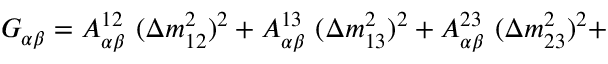
{ \cal G } _ { \alpha \beta } = A _ { \alpha \beta } ^ { 1 2 } ~ ( \Delta m _ { 1 2 } ^ { 2 } ) ^ { 2 } + A _ { \alpha \beta } ^ { 1 3 } ~ ( \Delta m _ { 1 3 } ^ { 2 } ) ^ { 2 } + A _ { \alpha \beta } ^ { 2 3 } ~ ( \Delta m _ { 2 3 } ^ { 2 } ) ^ { 2 } +